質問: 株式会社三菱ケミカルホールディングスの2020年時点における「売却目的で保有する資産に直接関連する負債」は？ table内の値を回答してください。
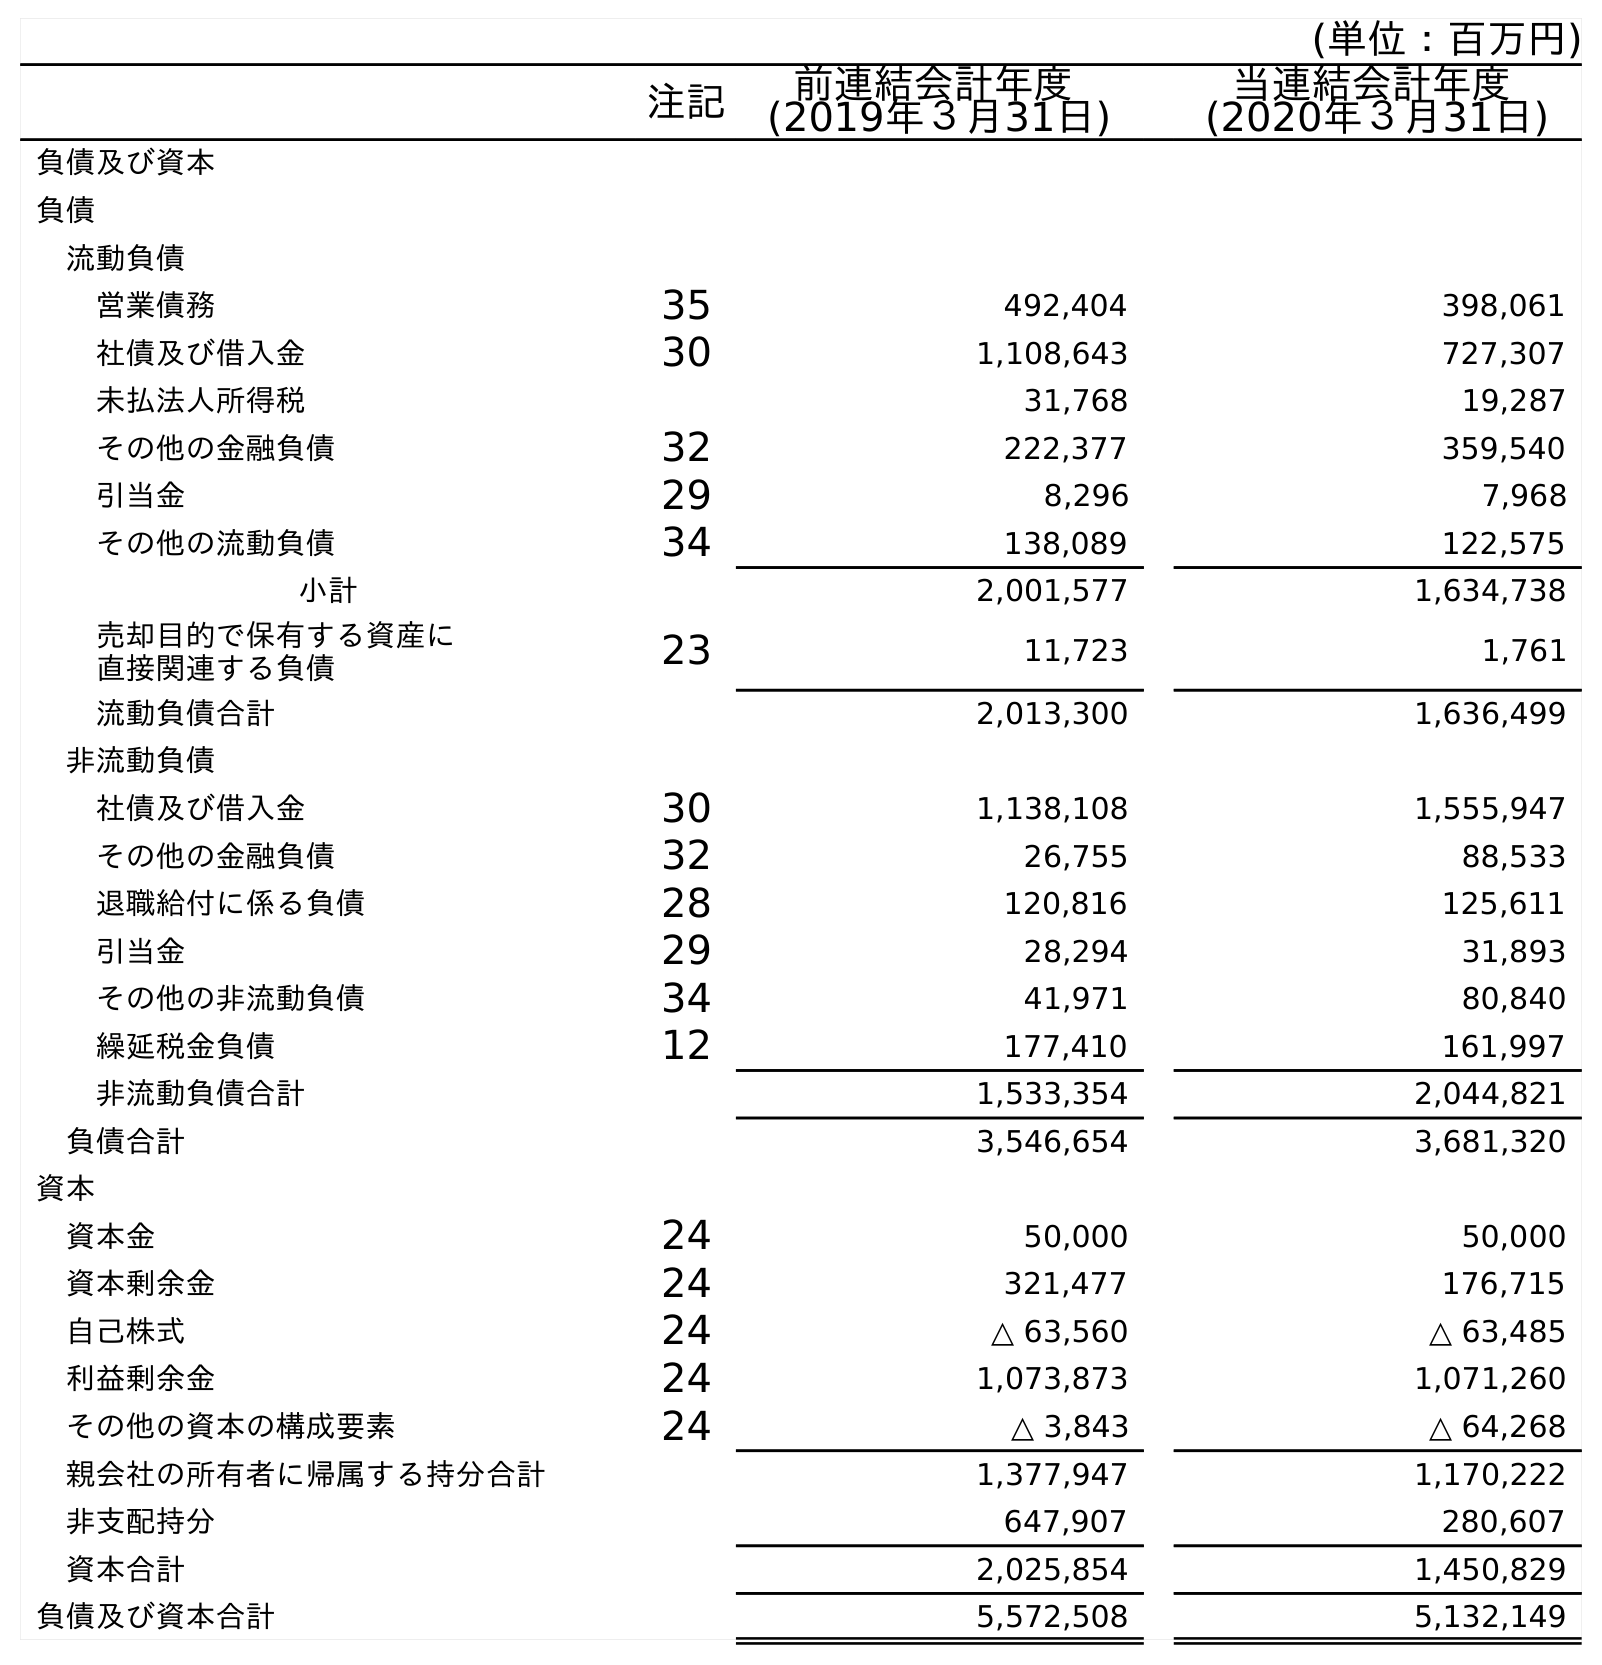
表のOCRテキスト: (単位：百万円) 注記 前連結会計年度 (2019年３月31日) 当連結会計年度 (2020年３月31日) 負債及び資本 負債 流動負債 営業債務 35 492,404 398,061 社債及び借入金 30 1,108,643 727,307 未払法人所得税 31,768 19,287 その他の金融負債 32 222,377 359,540 引当金 29 8,296 7,968 その他の流動負債 34 138,089 122,575 小計 2,001,577 1,634,738 売却目的で保有する資産に 直接関連する負債 23 11,723 1,761 流動負債合計 2,013,300 1,636,499 非流動負債 社債及び借入金 30 1,138,108 1,555,947 その他の金融負債 32 26,755 88,533 退職給付に係る負債 28 120,816 125,611 引当金 29 28,294 31,893 その他の非流動負債 34 41,971 80,840 繰延税金負債 12 177,410 161,997 非流動負債合計 1,533,354 2,044,821 負債合計 3,546,654 3,681,320 資本 資本金 24 50,000 50,000 資本剰余金 24 321,477 176,715 自己株式 24 △ 63,560 △ 63,485 利益剰余金 24 1,073,873 1,071,260 その他の資本の構成要素 24 △ 3,843 △ 64,268 親会社の所有者に帰属する持分合計 1,377,947 1,170,222 非支配持分 647,907 280,607 資本合計 2,025,854 1,450,829 負債及び資本合計 5,572,508 5,132,149
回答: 1,761